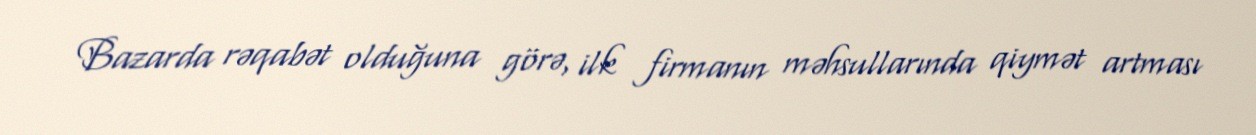
Bazarda rəqabət olduğuna görə, ilk firmanın məhsullarında qiymət artması